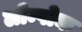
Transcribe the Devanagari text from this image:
लोम्पोक